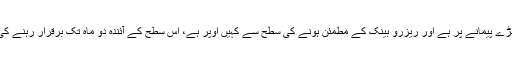
’مہنگائی بڑے پیمانے پر ہے اور ریزرو بینک کے مطمئن ہونے کی سطح سے کہیں اوپر ہے، اس سطح کے آئندہ دو ماہ تک برقرار رہنے کی توقع ہے۔